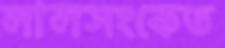
লালসংকেত